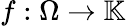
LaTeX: f:\Omega\rightarrow\mathbb{K}